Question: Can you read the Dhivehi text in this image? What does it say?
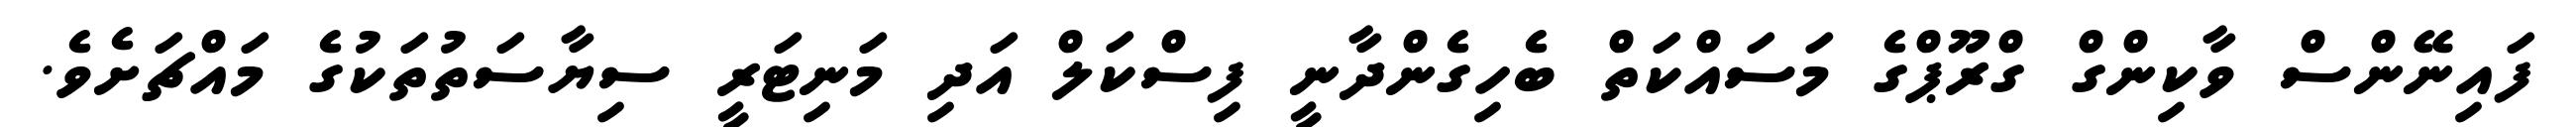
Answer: ފައިނޭންސް ވާކިންގް ގްރޫޕްގެ މަސައްކަތް ބެހިގެންދާނީ ފިސްކަލް އަދި މަނިޓަރީ ސިޔާސަތުތަކުގެ މައްޗަށެވެ.